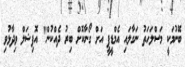
ބޭނުމަކީ މަސްލަހަތު ނަގާލައި އެމްޑީޕީ އަށް ގޯނާކޮށް ބިރު ދެއްކުން" އޮފިޝަލް ވިދާޅުވި